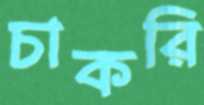
চাকরি